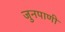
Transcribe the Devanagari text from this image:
जुनपाणी